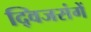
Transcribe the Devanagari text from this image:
द्विजसंगें